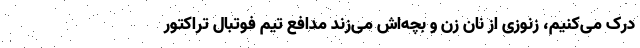
درک می‌کنیم، زنوزی از نان زن و بچه‌اش می‌زند مدافع تیم فوتبال تراکتور